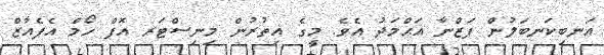
އަނބިކަނބަލުން ފަޒްނާ އަޙްމަދު އެވެ. މީގެ އިތުރުން މިނިސްޓަރ އޮފް ހޯމް އެފެއާޒް